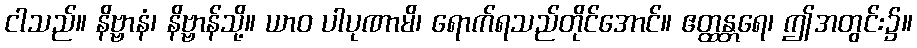
ငါသည်။ နိဗ္ဗာနံ၊ နိဗ္ဗာန်သို့။ ယာဝ ပါပုဏာမိ၊ ရောက်ရသည်တိုင်အောင်။ ဧတ္ထန္တရေ၊ ဤအတွင်း၌။